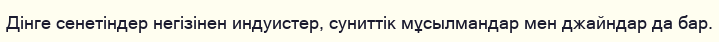
Дінге сенетіндер негізінен индуистер, суниттік мұсылмандар мен джайндар да бар.